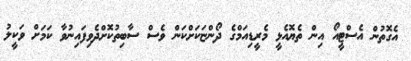
އެގޮތުން އެސްޓީއޯ އިން ތެޔޮއެޅީ މެރީޑިއަމްގެ ދޯންޏަކަށްކަން ވެސް ސާބިތުކޮށްދެވިފައިނުވާ ކަމަށް ވަކީލު